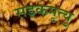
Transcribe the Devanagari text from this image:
सड़कमृत्यु